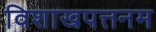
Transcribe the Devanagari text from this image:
विशाखपत्तनम